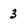
Character: 3